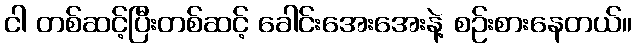
ငါ တစ်ဆင့်ပြီးတစ်ဆင့် ခေါင်းအေးအေးနဲ့ စဉ်းစားနေတယ်။